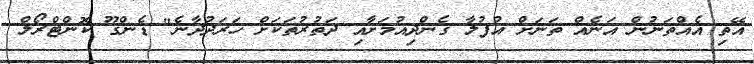
އޭތި އެއްތަނުން އަނެއް ތަނަށް އުފުލާ ގެންދިިއުމަށާއި ދަތުރުތަކަށް ހަރަދުދާނެ" ޑެންގޫ ކޮންޓްރޯލް